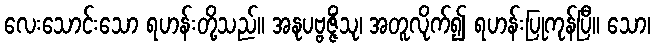
လေးသောင်းသော ရဟန်းတို့သည်။ အနုပဗ္ဗဇ္ဇိံသု၊ အတူလိုက်၍ ရဟန်းပြုကုန်ပြီ။ သော၊